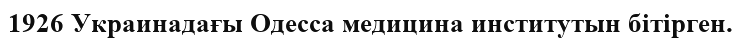
1926 Украинадағы Одесса медицина институтын бітірген.